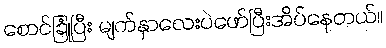
စောင်ခြုံပြီး မျက်နှာလေးပဲဖော်ပြီးအိပ်နေတယ်။